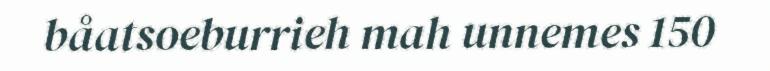
båatsoeburrieh mah unnemes 150